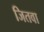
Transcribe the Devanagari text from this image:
जितवा